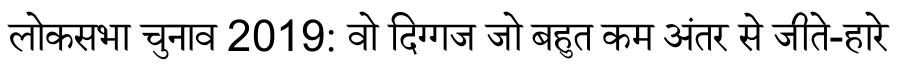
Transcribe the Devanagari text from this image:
लोकसभा चुनाव 2019: वो दिग्गज जो बहुत कम अंतर से जीते-हारे